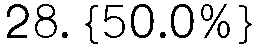
28. {50.0%}